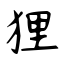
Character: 狸